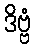
ဒိဗ္ဗံ